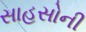
સાહસોની